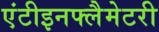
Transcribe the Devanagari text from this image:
एंटीइनफ्लैमेटरी